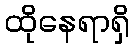
ထိုနေရာရှိ